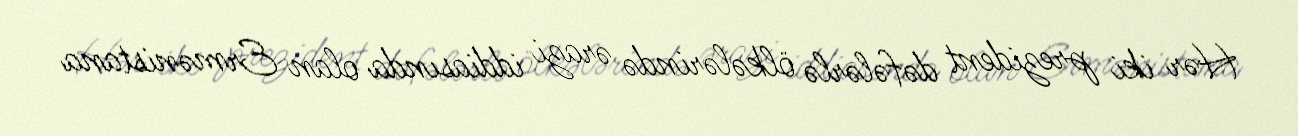
Hər iki prezident dəfələrlə ölkələrində ərazi iddiasında olan Ermənistana